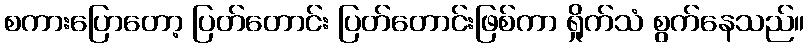
စကားပြောတော့ ပြတ်တောင်း ပြတ်တောင်းဖြစ်ကာ ရှိုက်သံ စွက်နေသည်။